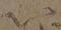
以